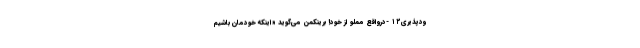
ودپذیری۱۲ -درواقع مملو از خود! برینکمن می‌گوید «اینکه خودمان باشیم